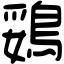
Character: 鵎